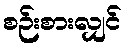
စဉ်းစားလျှင်